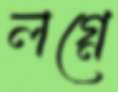
লগ্নে